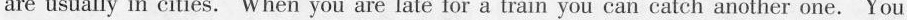
are usually in cities. When you are late for a train you can catch another one.You